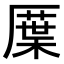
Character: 𠪸